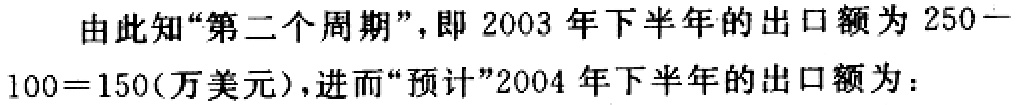
由此知“第二个周期”，即 2003 年下半年的出口额为 \(250 - 100 = 150\)(万美元)，进而“预计”2004 年下半年的出口额为：